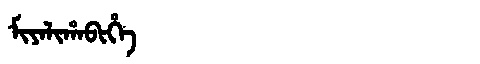
Manchu: ᠮᡳᠶᠠᠯᡳᡥᠠᠪᡳᡥᡝ
Romanization: MIYALIHABIHE